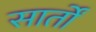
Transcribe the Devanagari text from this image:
सार्तों